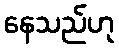
နေသည်ဟု